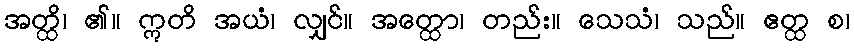
အတ္ထိ၊ ၏။ ဣတိ အယံ၊ လျှင်။ အတ္ထော၊ တည်း။ သေသံ၊ သည်။ ဧတ္ထ စ၊